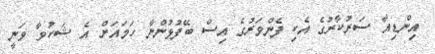
އިންޑިއާ ސަރުކާރުގެ އެކި ފެންވަރުގެ އިސް ބޭފުޅުންނާ ހަމައަށް އެ ޝަކުވާ ވަނީ